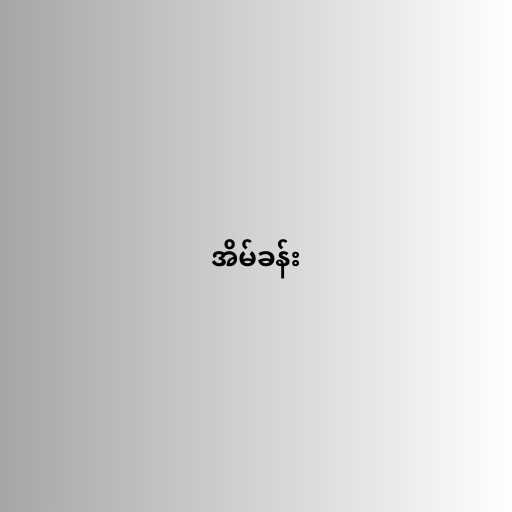
အိမ်ခန်း